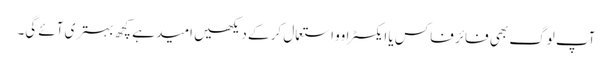
آپ لوگ بھی فائر فاکس یا ایکسٹراوو استعمال کر کے دیکھیں امید ہے کچھ بہتری آئے گی۔